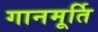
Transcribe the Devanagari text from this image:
गानमूर्ति